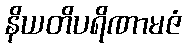
နိယတိပရိဏာမဇံ